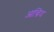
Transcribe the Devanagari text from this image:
आन्त्रिय